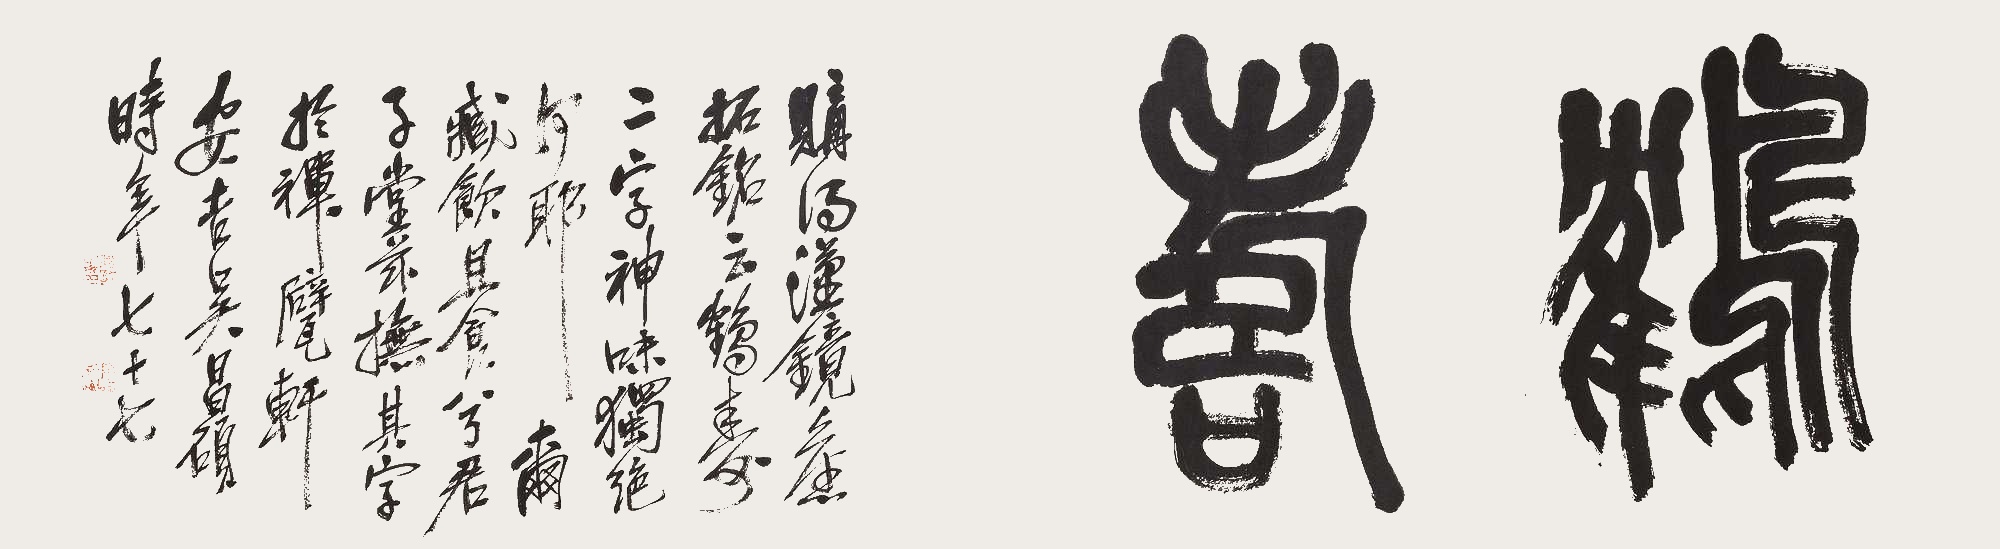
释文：鹤寿。购得汉镜旧拓云：“鹤寿”二字，神味独绝何耶。玺藏饮且食兮君子堂，兹橅其字于禅甓轩，安吉吴昌硕时年七十七。